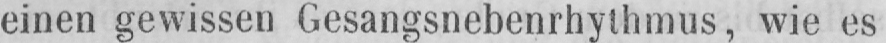
einen gewissen Gesangsnebenrhythmus, wie es